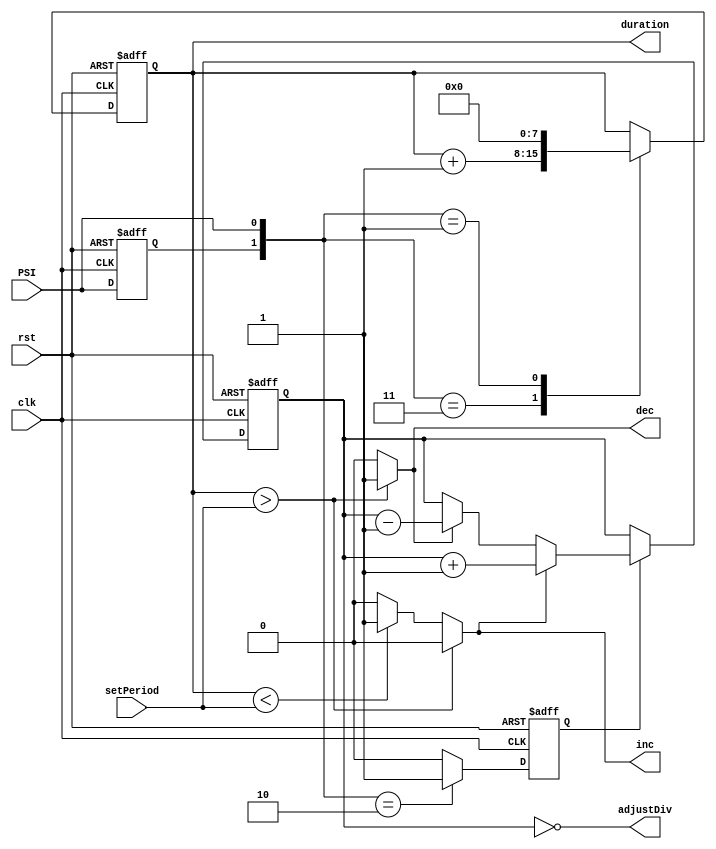
module FrequencyRegulator(input clk, rst, PSI, input [7 : 0]setPeriod, output [7 : 0]adjustDiv, output reg inc, dec, output reg [7 : 0]duration);
	reg [7 : 0]div;
	reg old_psi;
	reg neg_psi;

	always @(posedge clk, posedge rst)
	begin : decide_when_to_count
		if (rst)
		begin
			duration = 0;
			old_psi = 0;
			neg_psi <= 0;
		end
		else
		begin
			neg_psi <= 0;
			case ({old_psi, PSI})
				{1'b1, 1'b1} : duration = duration + 1;
				{1'b0, 1'b1} : duration = 0;
				{1'b1, 1'b0} : neg_psi <= 1;
			endcase
			old_psi = PSI;
		end
	end

	always @(duration, setPeriod)
	begin : comparison
		inc <= 0;
		dec <= 0;
		if (duration > setPeriod)
			dec <= 1;
		else if (duration < setPeriod)
			inc <= 1;
	end

	always @(posedge clk, posedge rst)
	begin : increment_decrement
		if (rst)
			div = 1;
		else if(neg_psi)
		begin
			if (inc)
				div = div + 1;
			else if (dec)
				div = div - 1;
		end
	end

	assign adjustDiv = ~(div);

endmodule